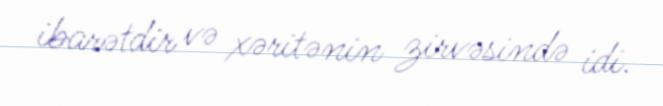
ibarətdir və xəritənin zirvəsində idi.